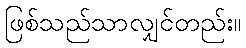
ဖြစ်သည်သာလျှင်တည်း။